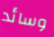
وسائد